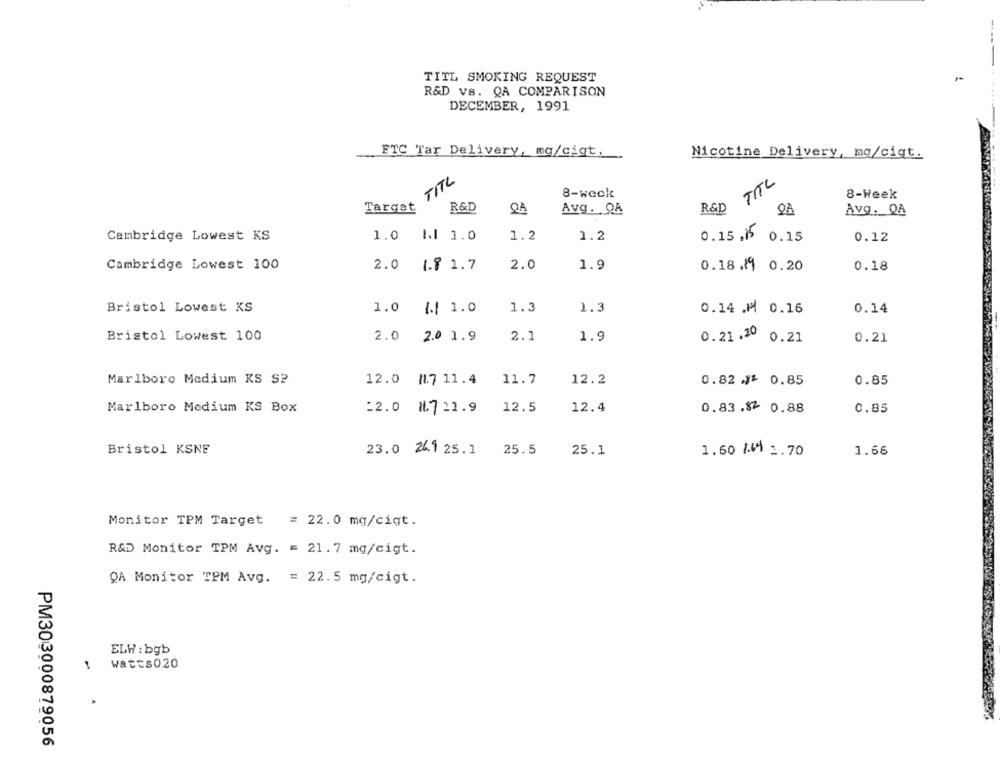
TITL SMOKING REQUEST
R&D Vs. QA COMPARISON
DECEMBER, 1991
FTC Tar Delivery, mg/cigt.
Nicotine Delivery, mg/ciqt.
TITL
TTL
8-weck
8-Week
Target
R&D
R&D
Avg. OA
08
Cambridge Lowest KS
1.0 1 1.0
1.2
1.2
0.15. 0.15
0.12
Cambridge Lowest 100
2.0 1.8 1.7
2.0
1.9
0.18.19 0.20
0.18
Bristol Lowest KS
1.0 |.| 1.0
1.3
1.3
0.14 .M 0.16
0.14
Bristol Lowest 100
2.0
2.0 1.9
2.1
1.9
0.21
0.21.20 0.21
Marlboro Medium KS S?
12.0 /1.7 11.4
11.7
12.2
0.82 ₫' 0.85
0.85
Marlboro Medium KS Box
22.0 1.7 21.9
12.5
12.4
0.83.82 0.88
0.85
Bristol KSNE
23.0 241 25.1
25.5
25.1
1.60 1.4 1.70
1.66
Monitor TPM Target = 22.0 mg/cigt.
R&D Monitor TPM Avg. = 21.7 mg/cigt.
QA Monitor TPM Avg. = 22.5 mg/cigt.
ELW : bgb
WatEs020
PM303000879056